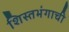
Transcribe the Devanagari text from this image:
शिस्तभंगाची